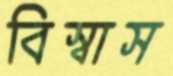
বিস্বাস